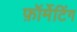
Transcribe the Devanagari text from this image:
फ़ॉर्मेटिंग